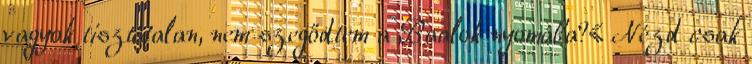
vagyok tisztátalan, nem szegődtem a Baalok nyomába?« Nézd csak